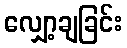
လျှော့ချခြင်း